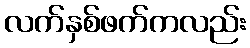
လက်နှစ်ဖက်ကလည်း